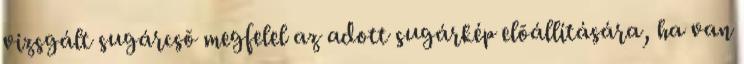
vizsgált sugárcsõ megfelel az adott sugárkép elõállítására, ha van